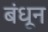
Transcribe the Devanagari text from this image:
बंधून